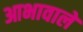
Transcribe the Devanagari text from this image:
आभावाले